Vaccination in Burma 1920-1933 - 1920-1933
Year: 1920
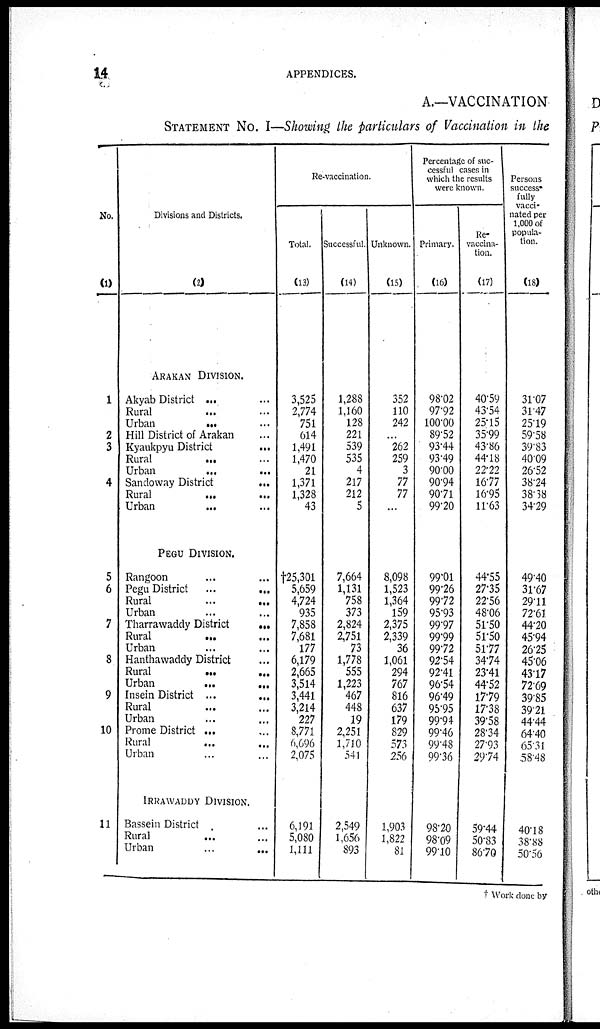
14
APPENDICES.
A.—VACCINATION
STATEMENT No. I—Showing the particulars of Vaccination in the
No.
(1)
1
2
3
4
5
6
7
8
9
10
11
Divisions and Districts.
(2)
ARAKAN DIVISION.
Akyab District ... ...
Rural... ...
Urban...
...
Hill District of Arakan ...
Kyaukpyu District ...
Rural ... ...
Urban... ...
Sandoway
District...
...
Rural...
...
Urban... ...
PEGU DIVISION.
Rangoon... ...
Pegu District... ...
Rural... ...
Urban... ...
Tharrawaddy District
...
Rural...
...
Urban... ...
Hanthawaddy District... ...
Rural...
...
Urban...
...
Insein District ...
Rural... ...
Urban... ...
Prome District ...
Rural... ...
Urban... ...
IRRAWADDY DIVISION.
Bassein District... ...
Rural ... ...
Urban... ...
Re-vaccination.
Total.
(13)
3,525
2,774
751
614
1,491
1,470
21
1,371
1,328
43
†25,301
5,659
4,724
935
7,858
7,681
177
6,179
2,665
3,514
3,441
3,214
227
8,771
6,696
2,075
6,191
5,080
1,111
Successful.
(14)
1,288
1,160
128
221
539
535
4
217
212
5
7,664
1,131
758
373
2,824
2,751
73
1,778
555
1,223
467
448
19
2,251
1,710
541
2,549
1,656
893
Unknown.
(15)
352
110
242
...
262
259
3
77
77
...
8,098
1,523
1,364
159
2,375
2,339
36
1,061
294
767
816
637
179
829
573
256
1,903
1,822
81
Percentage of suc-
cessful cases in
which the results
were known.
Primary.
(16)
98.02
97.92
100.00
89.52
93.44
93.49
90.00
90.94
90.71
99.20
99.01
99.26
99.72
95.93
99.97
99.99
99.72
92.54
92.41
96.54
96.49
95.95
99.94
99.46
99.48
99.36
98.20
98.09
99.10
Re-
vaccina-
tion.
(17)
40.59
43.54
25.15
35.99
43.86
44.18
22.22
16.77
16.95
11.63
44.55
27.35
22.56
48.06
51.50
51.50
51.77
34.74
23.41
44.52
17.79
17.38
39.58
28.34
27.93
29.74
59.44
50.83
86.70
Persons
success-
fully
vacci-
nated per
1,000 of
popula-
tion.
(18)
31.07
31.47
25.19
59.58
39.83
40.09
26.52
38.24
38.38
34.29
49.40
31.67
29.11
72.61
44.20
45.94
26.25
45.06
43.17
72.69
39.85
39.21
44.44
64.40
65.31
58.48
40.18
38.88
50.56
† Work done by